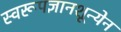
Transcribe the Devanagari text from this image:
स्वरूपज्ञानशून्येन